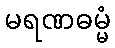
မရဏဓမ္မံ